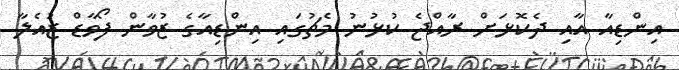
އިންޑިއާ އާއި ދެކޮޅަށް ރާއްޖެ ކުޅުނު މެޗުގައި އިންޑިއާގެ ޒުވާން ފޯވާޑް ޒުއެލާ